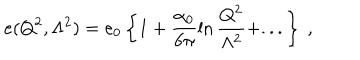
LaTeX: e ( Q ^ { 2 } , \Lambda ^ { 2 } ) = e _ { 0 } \left\{ 1 + \frac { \alpha _ { 0 } } { 6 \pi } \ln \frac { Q ^ { 2 } } { \Lambda ^ { 2 } } + . . . \right\} ~ ,